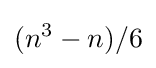
(n^{3}-n)/6